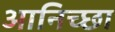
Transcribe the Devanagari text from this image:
आनिच्छा